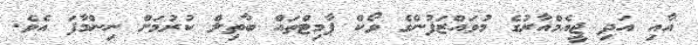
އާއި އަދި ޖީއެމްއާރުގެ މުވައްޒަފުންގެ ވޯކް ޕާމިޓްތައް ބާތިލް ކުރުމަށް ނިންމާފަ އެވެ.